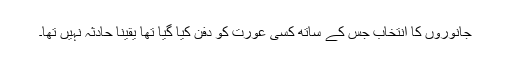
جانوروں کا انتخاب جس کے ساتھ کسی عورت کو دفن کیا گیا تھا یقینا حادثہ نہیں تھا۔